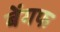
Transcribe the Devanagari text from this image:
बेंगफ